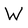
Character: W